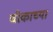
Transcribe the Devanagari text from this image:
चीकाच्या